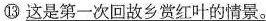
⑬\underline{这是第一次回故乡赏红叶的情景。}